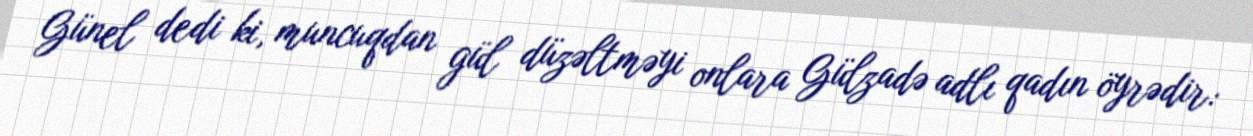
Günel dedi ki, muncuqdan gül düzəltməyi onlara Gülzadə adlı qadın öyrədir: